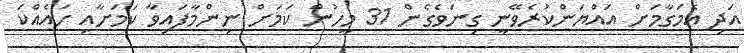
އަދި އެމަގާމަށް އައްޔަންކުރެވޭނީ ގިނަވެގެން 31 މީހުން ކަމަށް ނިންމާފައިވާ ކަމަށާއި ހައެއްކަ